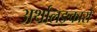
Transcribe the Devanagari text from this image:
अर्थालङ्कारो